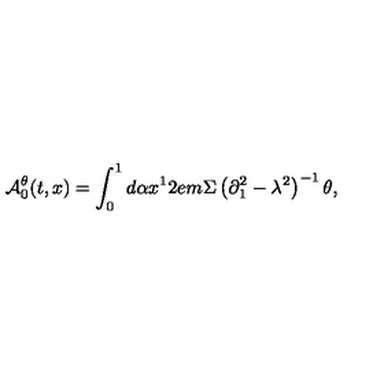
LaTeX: { \cal A } _ { 0 } ^ { \theta } ( t , x ) = \int _ { 0 } ^ { 1 } { d \alpha x ^ { 1 } } 2 e m \Sigma \left( { \partial _ { 1 } ^ { 2 } - \lambda ^ { 2 } } \right) ^ { - 1 } \theta ,